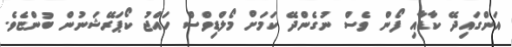
އަންގައިދޭ ކާޑާއި ފޯން ވެސް ނުގެންދޭ ކަމަށް މޯލްޑިވްސް ހައްޖު ކޯޕަރޭޝަނުން ބުންޏެވެ.